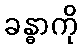
ခန္ဓာကို